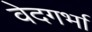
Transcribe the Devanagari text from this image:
वेदगर्भा